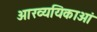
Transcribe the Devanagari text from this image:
आख्ययिकाओं